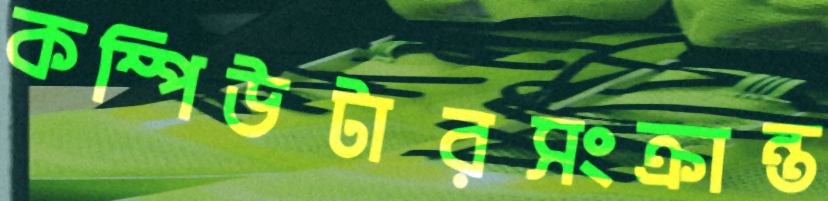
কম্পিউটারসংক্রান্ত